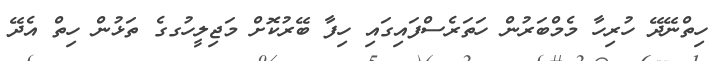
ހިތްނޭދޭ ހުރިހާ މެމްބަރުން ހަތަރެސްފައިގައި ހިފާ ބޭރުކޮށް މަޖިލީހުގގެ ތަޅުން ހިތް އެދޭ